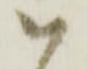
ハ